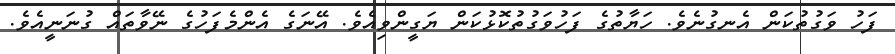
ފަހު ވަގުތުކަން އެނގުނެވެ. ހަޔާތުގެ ފަހުވަގުތުކޮޅުކަން ޔަގީންވިއެވެ. އޭނަގެ އެންމެފަހުގެ ނޭވާތައް ގުނަނީއެވެ.